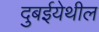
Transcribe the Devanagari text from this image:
दुबईयेथील